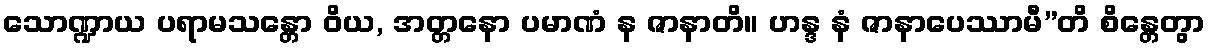
သောဏ္ဍာယ ပရာမသန္တော ဝိယ, အတ္တနော ပမာဏံ န ဇာနာတိ။ ဟန္ဒ နံ ဇာနာပေဿာမီ”တိ စိန္တေတွာ